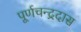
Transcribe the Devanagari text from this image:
पूर्णचन्द्रदास